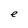
Character: e